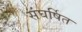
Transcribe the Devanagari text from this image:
संघर्षित